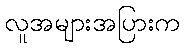
လူအများအပြားက